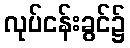
လုပ်ငန်းခွင်၌